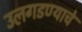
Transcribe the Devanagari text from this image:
उलगडण्याचे